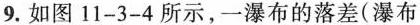
9.如图11-3-4所示，一瀑布的落差(瀑布